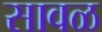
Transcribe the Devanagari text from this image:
सावळ